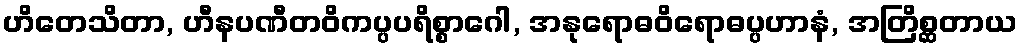
ဟိတေသိတာ, ဟီနပဏီတဝိကပ္ပပရိစ္စာဂေါ, အနုရောဓဝိရောဓပ္ပဟာနံ, အတြိစ္ဆတာယ